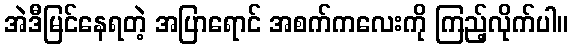
အဲဒီမြင်နေရတဲ့ အပြာရောင် အစက်ကလေးကို ကြည့်လိုက်ပါ။